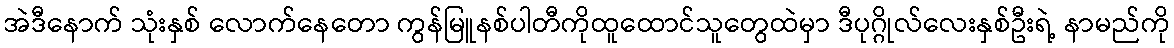
အဲဒီနောက် သုံးနှစ် လောက်နေတော ကွန်မြူနစ်ပါတီကိုထူထောင်သူတွေထဲမှာ ဒီပုဂ္ဂိုလ်လေးနှစ်ဦးရဲ့ နာမည်ကို